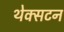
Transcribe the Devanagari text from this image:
थेक्सटन